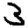
Digit: 3